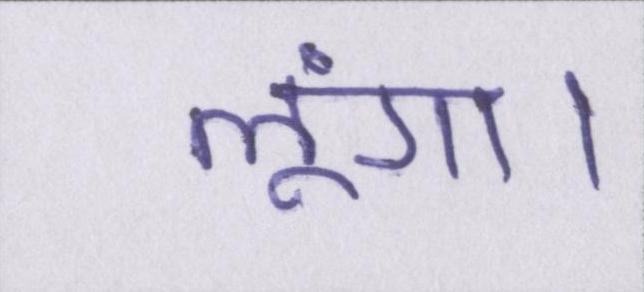
लूंगा।